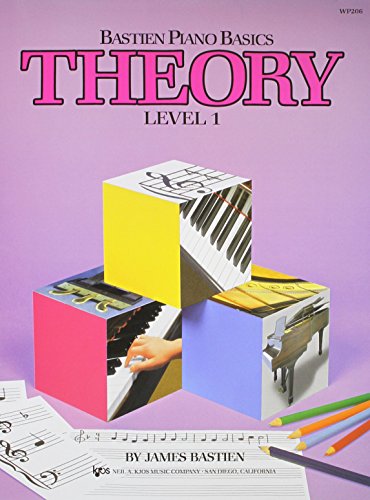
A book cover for WP206 - Bastien Piano Basics Theory Level 1; James Bastien; Humor & Entertainment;